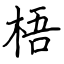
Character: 梧